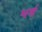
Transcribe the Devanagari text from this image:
घर्ष